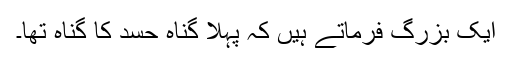
ایک بزرگ فرماتے ہیں کہ پہلا گناہ حسد کا گناہ تھا۔